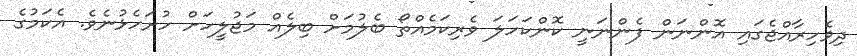
ދިވެހިރާއްޖެގައި އޮންނަން ފެންނަނީ ކޮންކަހަލަ ވެރިކަމެއްތޯ ބެލުމަށް ބިލެއް މަޖުލީހަށް ހުށަހެޅުނެވެ. އެކަމުގެ